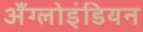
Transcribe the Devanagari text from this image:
अँग्लोइंडियन